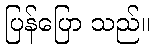
ပြန်ပြော သည်။